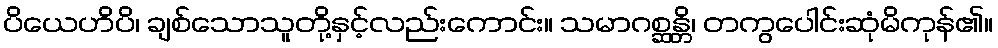
ပိယေဟိပိ၊ ချစ်သောသူတို့နှင့်လည်းကောင်း။ သမာဂစ္ဆန္တိ၊ တကွပေါင်းဆုံမိကုန်၏။